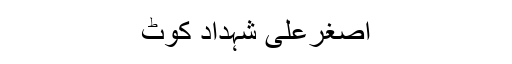
اصغرعلی شہداد کوٹ